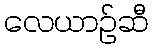
လေယာဉ်ဆီ